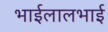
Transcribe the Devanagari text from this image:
भाईलालभाई